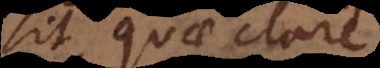
sit, quae clare